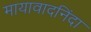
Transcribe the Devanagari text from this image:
मायावादनिंदा